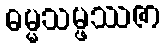
ဓမ္မသမ္ဖဿဇာ